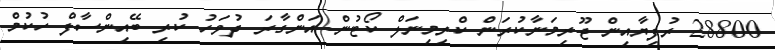
28800 ރުފިޔާއިން ޖޫރިމަނާކުރަން ކްރިމިނަލް ކޯޓުން އަންގާރަ ދުވަހު ކުރި ބޭއިންސާފް ހުކުމް